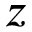
z